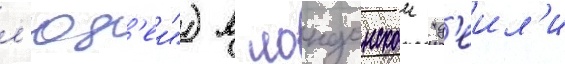
л'юд'еи") в лондонскои "д'еил'и